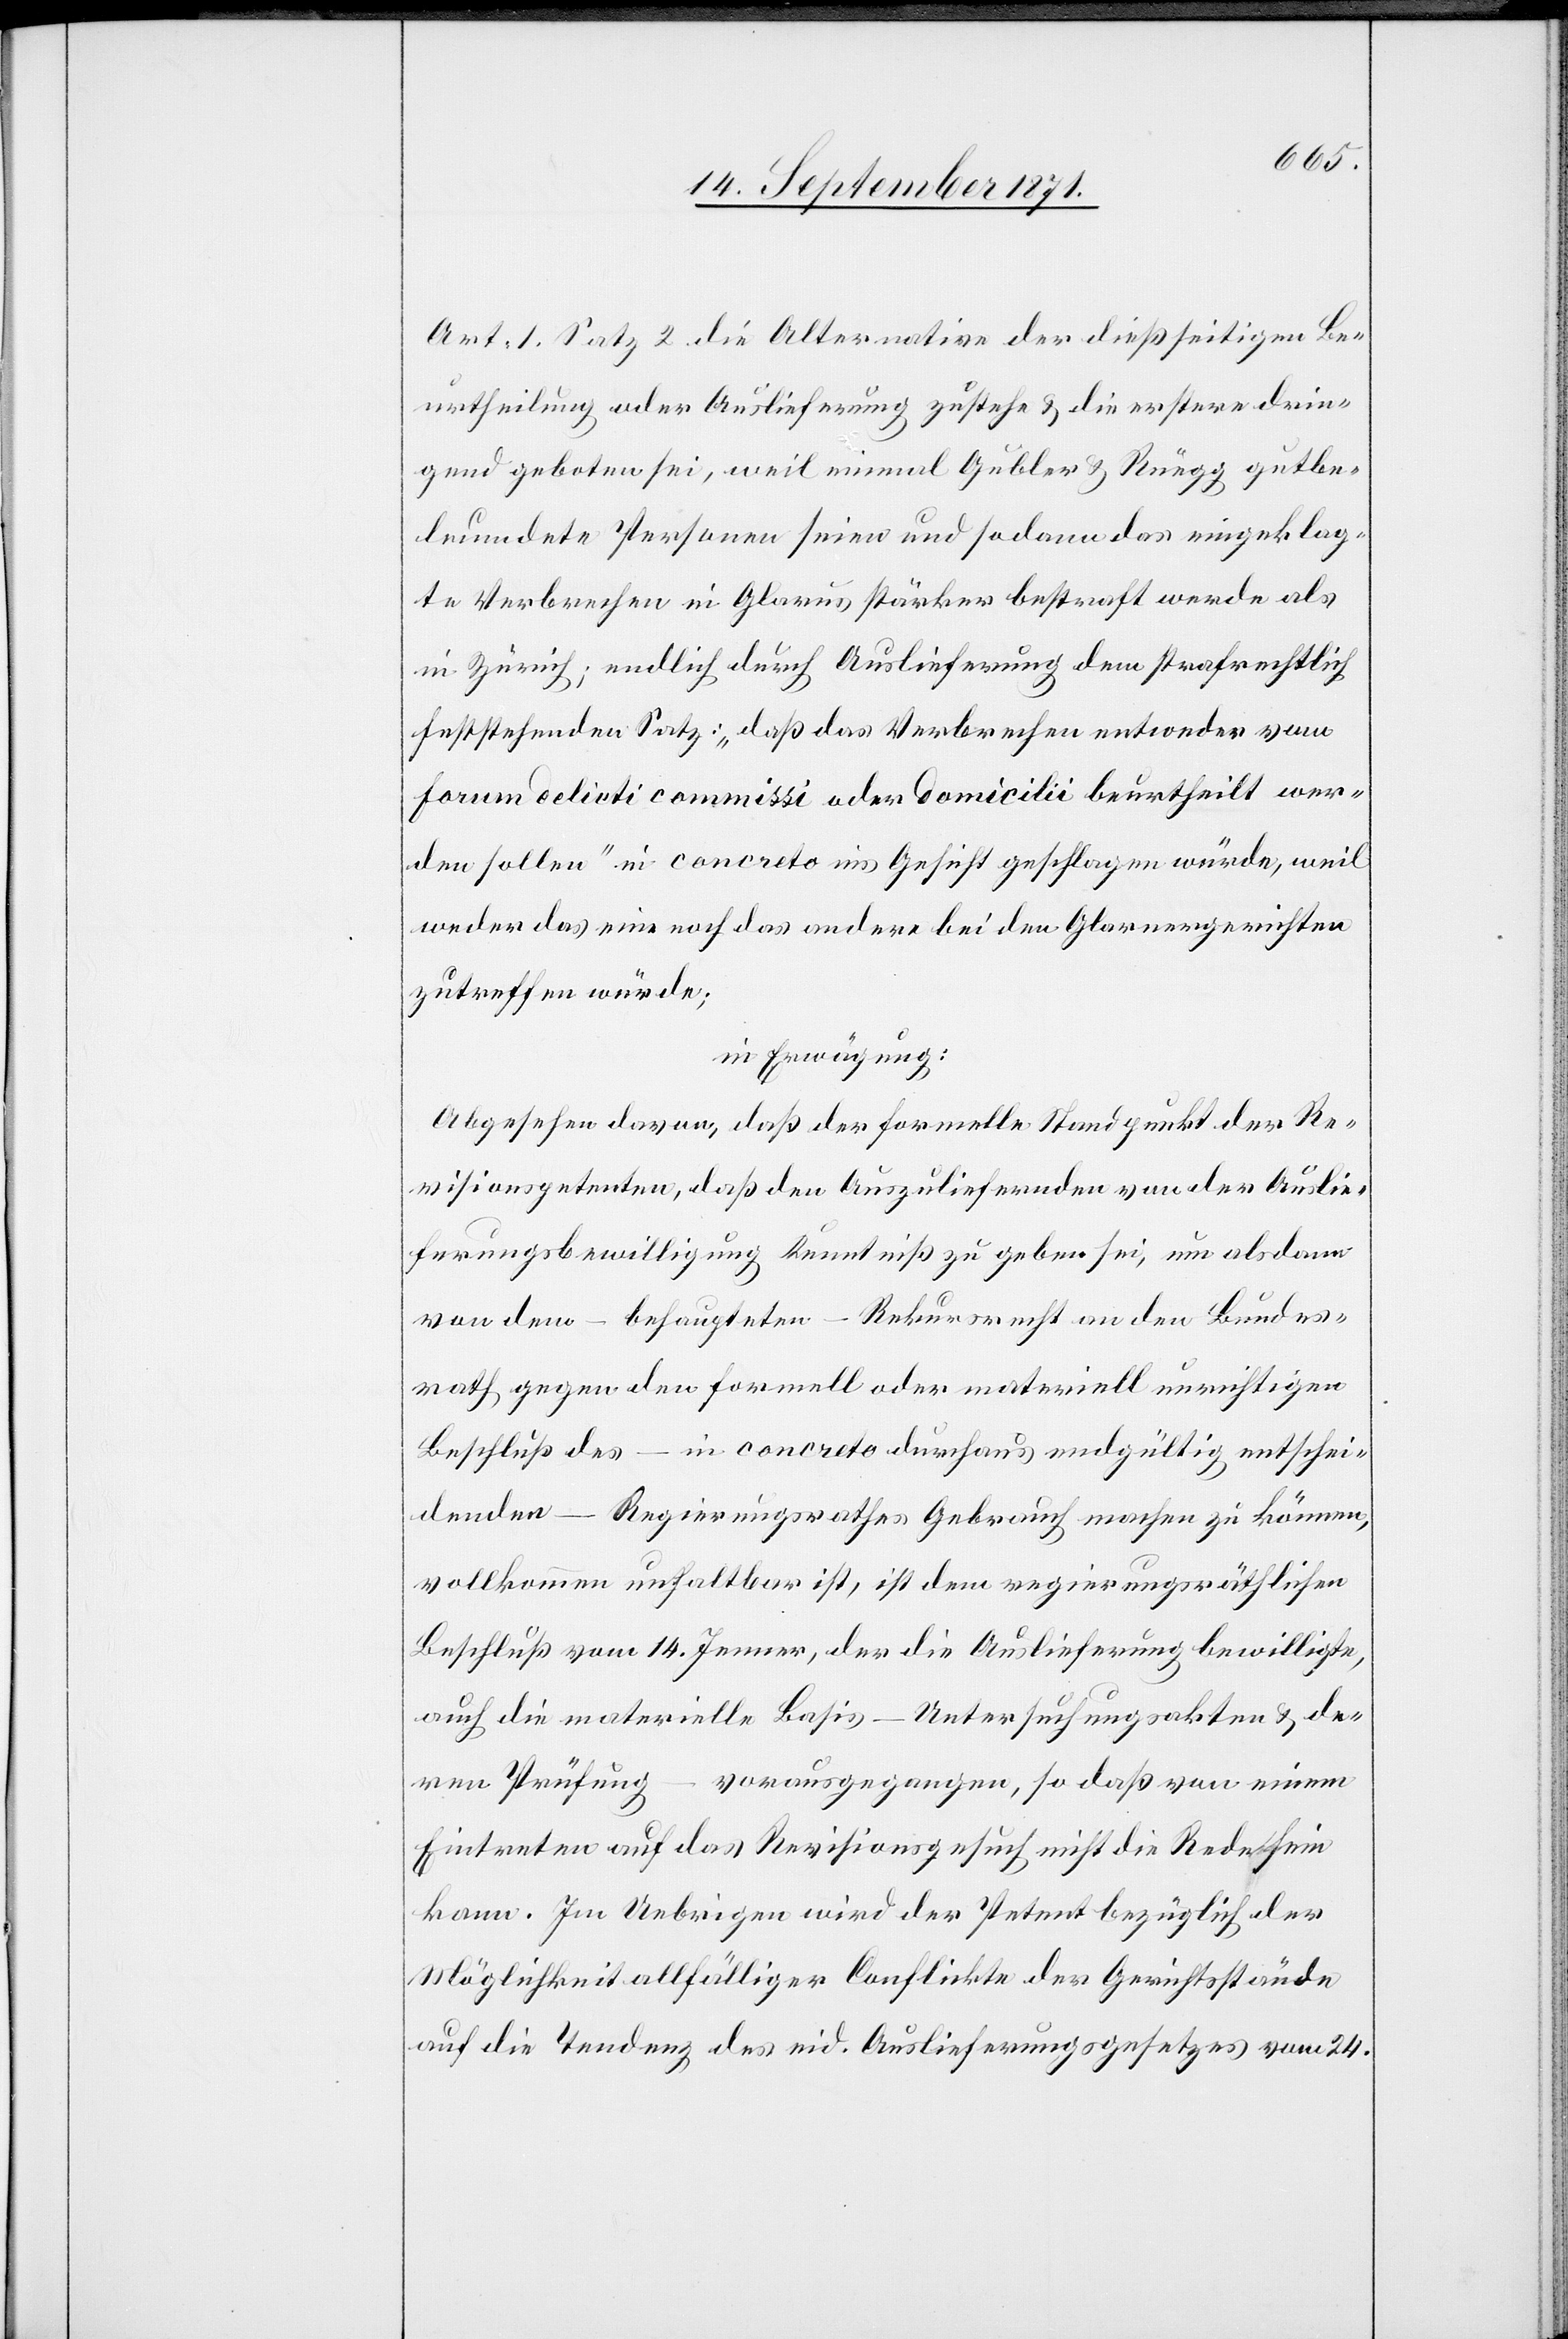
Art. 1 Satz 2. die Alternation der dießseitigen Be¬
urtheilung oder Auslieferung zustehe & die erstere drin¬
gend geboten sei, weil einmal Gubler & Rüegg gutbe¬
leumdete Personen seien und sodann das eingeklag¬
te Verbrechen in Glarus stärker bestraft werde als
in Zürich; endlich durch Auslieferung dem strafrechtlich
feststehenden Satz: „daß das Verbrechen entweder vom
forum delicti commissi oder docilii beurtheilt wer¬
den sollen“ in concreto ins Gesicht geschlagen würde, weil
weder das eine noch das andere bei den Glarnergerichten
zutreffen würde;
in Erwägung:
Abgesehen davon, daß der formelle Standpunkt der Re¬
visionspetenten, daß den Auszuliefernden von der Auslie¬
ferungsbewilligung Kenntniß zu geben sei, um alsdann
von dem – behaupteten – Rekursrecht an den Bundes¬
rath gegen den formell oder materiell unrichtigen
Beschluß des – in concreto durchaus endgültig entschei¬
denden – Regierungsrathes Gebrauch machen zu können,
vollkommen unhaltbar ist, ist dem regierungsräthlichen
Beschluß vom 14. Jenner, der die Auslieferung bewilligte,
auch die materielle Basis – Untersuchungsakten & de¬
ren Prüfung –
vorausgegangen, so daß von einem
Eintreten auf das Revisionsgesuch nicht die Rede sein
kann. Im Uebrigen wird der Petent bezüglich der
Möglichkeit allfälliger Conflikte der Gerichtsstände
auf die Tendenz des eid. Auslieferungsgesetztes vom 24.